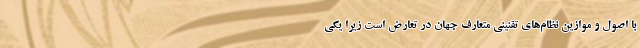
با اصول و موازین نظام‌های تقنینی متعارف جهان در تعارض است زیرا یکی